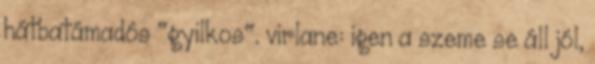
hátbatámadós "gyilkos". virlane: igen a szeme se áll jól,